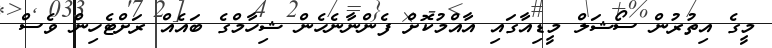
މީގެ އިތުރުން ސޯޝަލް މީޑިއާގައި އާއްމުކޮށް ފެންނާނެހެން ޝިހާމްގެ ބައެއް ރަށްޓެހިން ވެސް